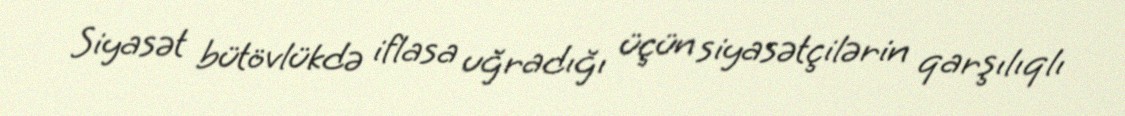
Siyasət bütövlükdə iflasa uğradığı üçün siyasətçilərin qarşılıqlı